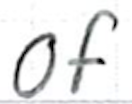
Text: of
Cross-out: clean
Writing tool: ballpoint